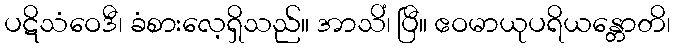
ပဋိသံဝေဒီ၊ ခံစားလေ့ရှိသည်။ အာသိံ၊ ပြီ။ ဧဝမာယုပရိယန္တောတိ၊